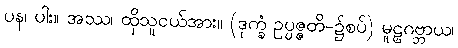
ပန၊ ပါး။ အဿ၊ ထိုသူငယ်အား။ (ဒုက္ခံ ဥပ္ပဇ္ဇတိ-၌စပ်) မူဠှဂဗ္ဘာယ၊